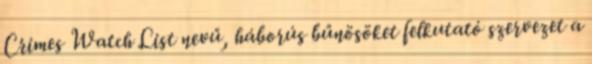
Crimes Watch List nevű, háborús bűnösöket felkutató szervezet a